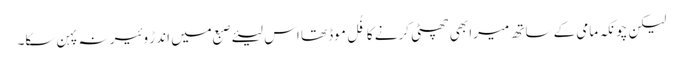
لیکن چونکہ مامی کے ساتھ میرا بھی چھٹی کرنے کا فُل موڈ تھا اس لیئے صبع میں اندڑ وئیر نہ پہن سکا۔